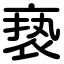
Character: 亵